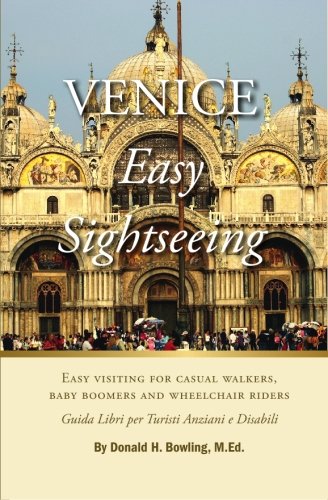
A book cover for Venice, Easy Sightseeing: A Guide Book for Casual walkers, Seniors and Wheelchair Riders; Donald H Bowling M.Ed; Travel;